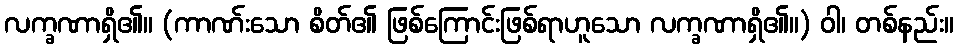
လက္ခဏာရှိ၏။ (ကာဏ်းသော စိတ်၏ ဖြစ်ကြောင်းဖြစ်ရာဟူသော လက္ခဏာရှိ၏။) ဝါ၊ တစ်နည်း။